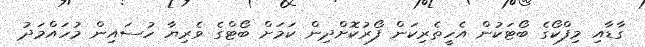
ގާޑާއި މިފްކޯގެ ބޯޓަކުން އެހީތެރިކަން ފޯރުކޮށްދިން ކަމަށް ބޯޓްގެ ވެރިޔާ ހުސައިން މުހައްމަދު